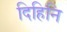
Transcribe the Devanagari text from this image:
दिहिनि